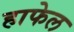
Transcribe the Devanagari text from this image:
हाफेल